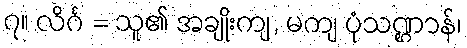
၇။ လိင်္ဂ = သူ၏ အချိုးကျ, မကျ ပုံသဏ္ဌာန်၊